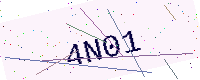
Text: 4N01